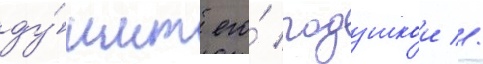
ду́шит его́ подушкои //